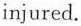
injured.